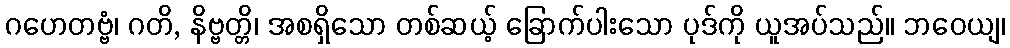
ဂဟေတဗ္ဗံ၊ ဂတိ, နိဗ္ဗတ္တိ၊ အစရှိသော တစ်ဆယ့် ခြောက်ပါးသော ပုဒ်ကို ယူအပ်သည်။ ဘဝေယျ၊